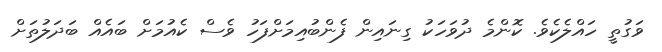
ވަގުތީ ހައްލެކެވެ. ކޮންމެ ދުވަހަކު ގިނައިން ފެންބުއިމަށްފަހު ވެސް ކެއުމަށް ބައެއް ބަދަލުތަށް